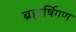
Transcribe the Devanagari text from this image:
ब्रह्मर्षिगण